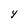
Character: Y